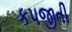
કપજીતી